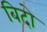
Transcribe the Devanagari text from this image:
बिदो